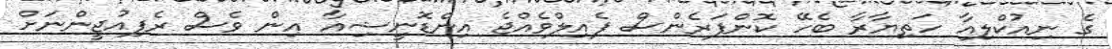
ގެ ނިއުކްލިއާ ހަތިޔާރާ ބެހޭ ކޮންފަރެންސް ފެއިލްވެއްޖެ އިންޑޮނީޝިއާ އިން ވެސް ރެފިއުޖީންނަށް